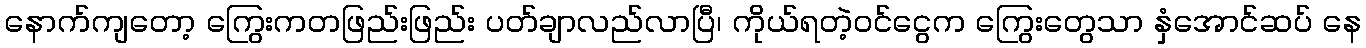
နောက်ကျတော့ ကြွေးကတဖြည်းဖြည်း ပတ်ချာလည်လာပြီ၊ ကိုယ်ရတဲ့ဝင်ငွေက ကြွေးတွေသာ နှံအောင်ဆပ် နေ